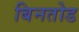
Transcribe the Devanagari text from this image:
बिनतोड